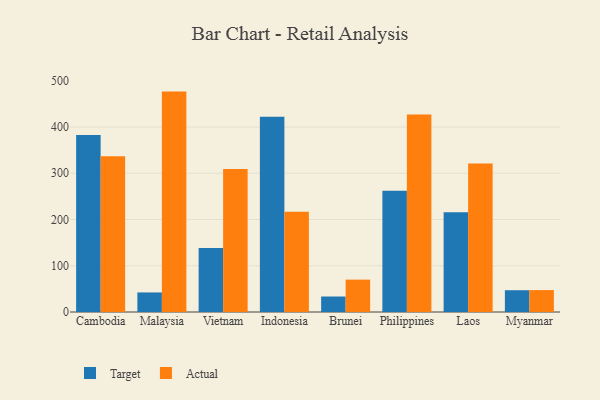
{"axis": {"x": "Country", "y": "Active Users"}, "legend": ["Actual", "Target"], "data": [{"x": "Cambodia", "y": 382.6, "type": "Target"}, {"x": "Cambodia", "y": 337.0, "type": "Actual"}, {"x": "Malaysia", "y": 42.3, "type": "Target"}, {"x": "Malaysia", "y": 476.6, "type": "Actual"}, {"x": "Vietnam", "y": 138.4, "type": "Target"}, {"x": "Vietnam", "y": 309.0, "type": "Actual"}, {"x": "Indonesia", "y": 422.2, "type": "Target"}, {"x": "Indonesia", "y": 216.7, "type": "Actual"}, {"x": "Brunei", "y": 33.5, "type": "Target"}, {"x": "Brunei", "y": 70.0, "type": "Actual"}, {"x": "Philippines", "y": 262.3, "type": "Target"}, {"x": "Philippines", "y": 427.0, "type": "Actual"}, {"x": "Laos", "y": 215.5, "type": "Target"}, {"x": "Laos", "y": 321.2, "type": "Actual"}, {"x": "Myanmar", "y": 47.1, "type": "Target"}, {"x": "Myanmar", "y": 47.4, "type": "Actual"}]}